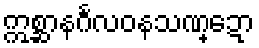
ဣစ္ဆာနင်္ဂလဝနသဏ္ဍော